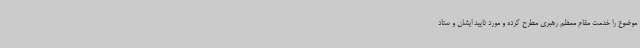
موضوع را خدمت مقام معظم رهبری مطرح کرده و مورد تایید ایشان و ستاد